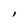
Character: l